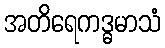
အတိရေကဒ္ဓမာသံ